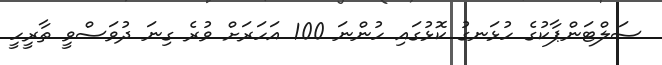
ސަލްޓަންޕާކުގެ ހުޅަނގު ކޮޅުގައި ހުންނަ 100 އަހަރަށް ވުރެ ގިނަ ދުވަސްވީ ތާރީހީ